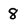
Character: 8